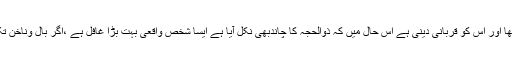
دوسری بات یہ ہے کہ وہ آدمی جس نے غفلت میں چالیس دنوں سے بال وناخن نہیں کاٹا تھا اور اس کو قربانی دینی ہے اس حال میں کہ ذوالحجہ کا چاندبھی نکل آیا ہے ایسا شخص واقعی بہت بڑا غافل ہے ،اگر بال وناخن تکلیف کی حد تک بڑھ گئے ہوں تو زائل کرلے ،اللہ معاف کرنے والاہے وگرنہ چھوڑ دے۔